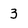
Character: 3